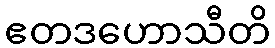
ဧတဒဟောသီတိ